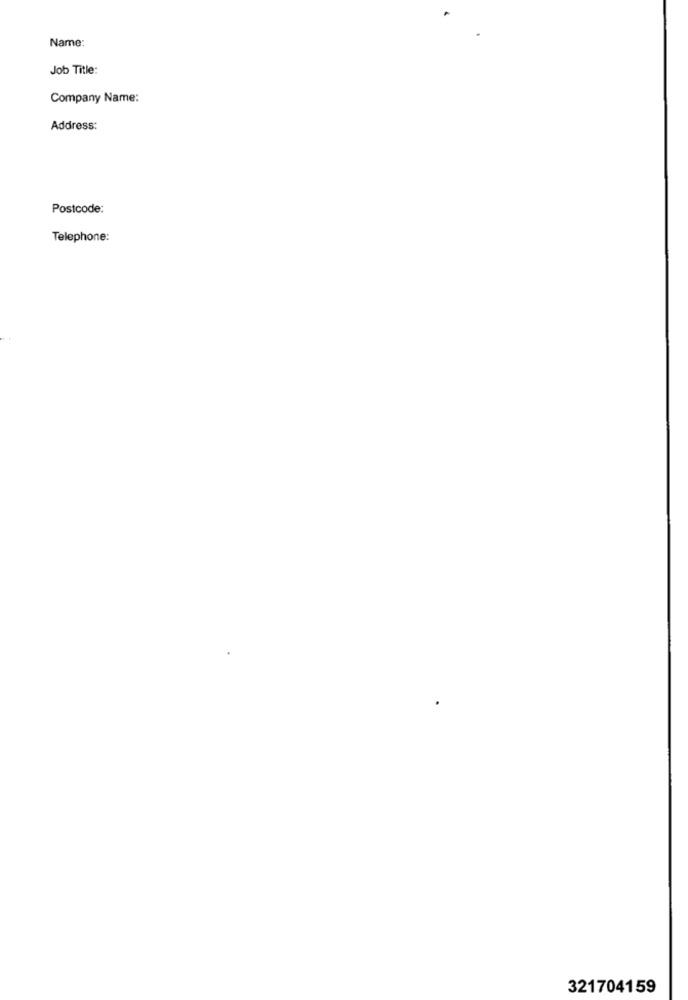
Name:
Job Title:
Company Name:
Address:
Postcode:
Telephone:
321704159